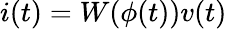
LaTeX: i(t)=W(\phi(t))v(t)